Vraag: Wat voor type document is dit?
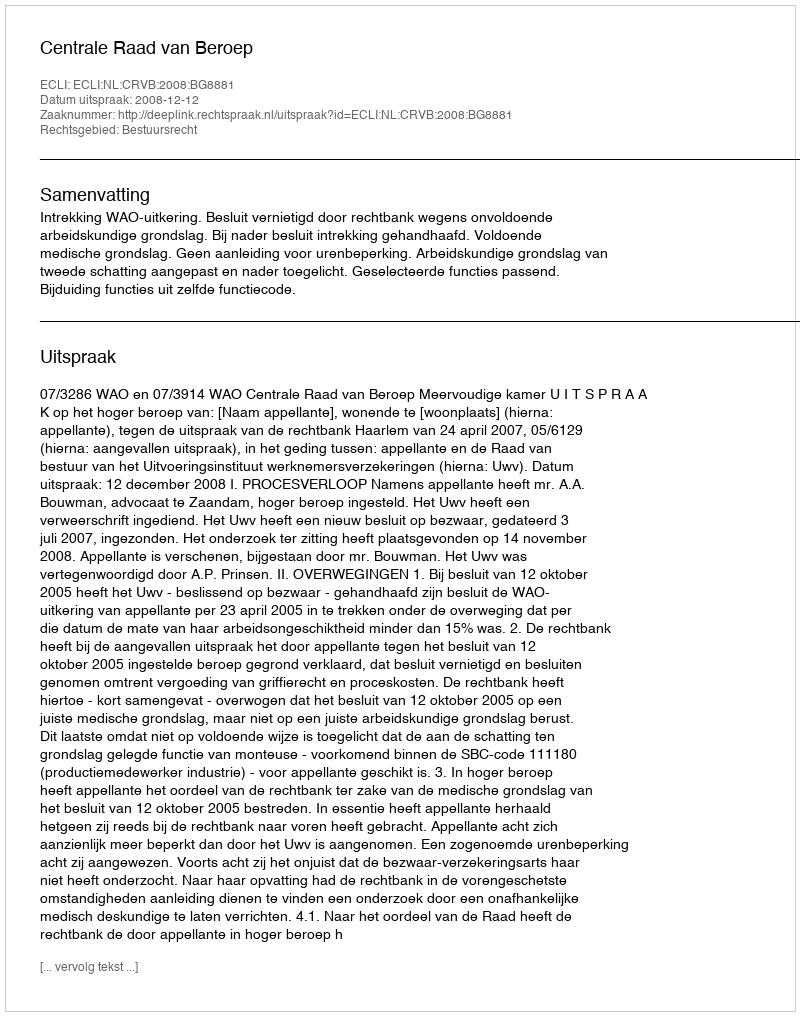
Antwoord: Uitspraak